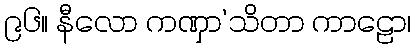
၉၆။ နီလော ကဏှာ’သိတာ ကာဠော၊